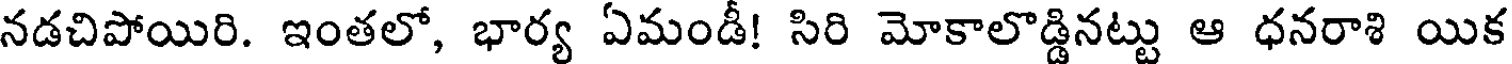
నడచిపోయిరి. ఇంతలో, భార్య ఏమండీ! సిరి మోకాలొడ్డినట్టు ఆ ధనరాశి యిక